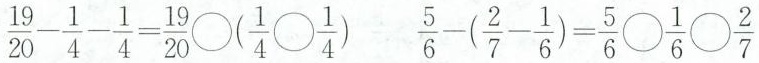
$$\frac{19}{20}- \frac{1}{4}- \frac{1}{4}= \frac{19}{20}\bigcirc (\frac{1}{4}\bigcirc \frac{1}{4})$$ $$\frac{5}{6}-(\frac{2}{7}- \frac{1}{6})= \frac{5}{6}\bigcirc \frac{1}{6}\bigcirc \frac{2}{7}$$